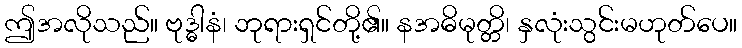
ဤအလိုသည်။ ဗုဒ္ဓါနံ၊ ဘုရားရှင်တို့၏။ နအဓိမုတ္တိ၊ နှလုံးသွင်းမဟုတ်ပေ။